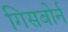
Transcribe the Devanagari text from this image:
गिसबोर्न